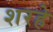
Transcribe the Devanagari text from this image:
शरहे